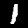
Label: 1